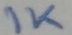
Text: 1K